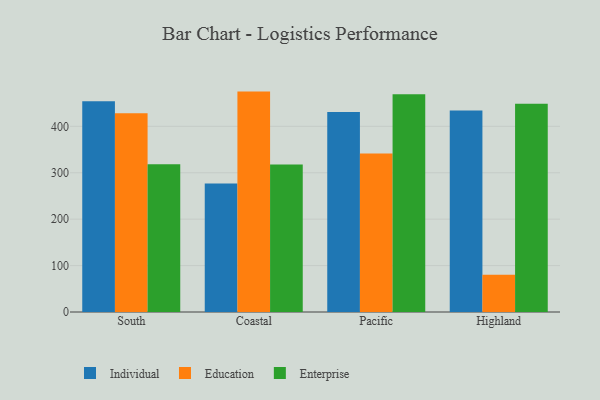
{"axis": {"x": "Region", "y": "Gross Profit (USD K)"}, "legend": ["Education", "Enterprise", "Individual"], "data": [{"x": "South", "y": 453.9, "type": "Individual"}, {"x": "South", "y": 428.2, "type": "Education"}, {"x": "South", "y": 318.4, "type": "Enterprise"}, {"x": "Coastal", "y": 276.9, "type": "Individual"}, {"x": "Coastal", "y": 474.8, "type": "Education"}, {"x": "Coastal", "y": 318.0, "type": "Enterprise"}, {"x": "Pacific", "y": 431.0, "type": "Individual"}, {"x": "Pacific", "y": 341.5, "type": "Education"}, {"x": "Pacific", "y": 469.3, "type": "Enterprise"}, {"x": "Highland", "y": 434.3, "type": "Individual"}, {"x": "Highland", "y": 80.3, "type": "Education"}, {"x": "Highland", "y": 448.7, "type": "Enterprise"}]}